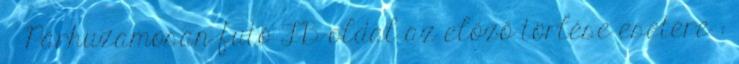
◢ Párhuzamosan futó FB-oldal az előző törlése esetére :